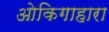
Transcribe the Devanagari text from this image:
ओकिगाहारा